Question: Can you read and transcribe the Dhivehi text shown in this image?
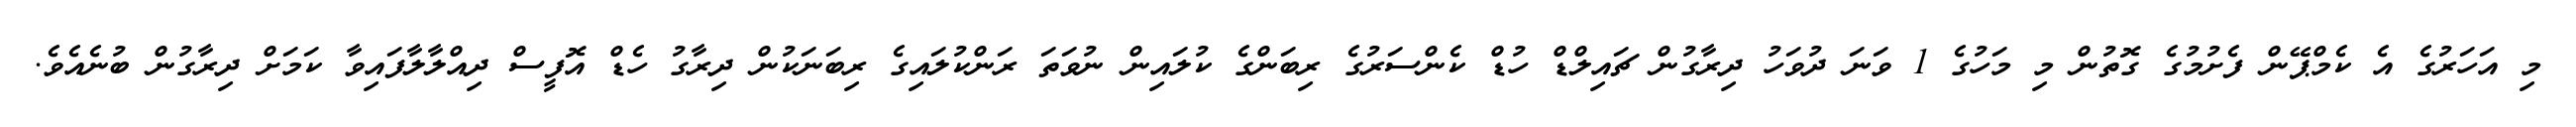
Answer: މި އަހަރުގެ އެ ކެމްޕޭން ފެށުމުގެ ގޮތުން މި މަހުގެ 1 ވަނަ ދުވަހު ދިރާގުން ޗައިލްޑް ހުޑް ކެންސަރުގެ ރިބަންގެ ކުލައިން ނުވަތަ ރަންކުލައިގެ ރިބަނަކުން ދިރާގު ހެޑް އޮފީސް ދިއްލާލާފައިވާ ކަމަށް ދިރާގުން ބުނެއެވެ.